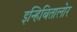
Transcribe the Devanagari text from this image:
इन्हिबितालोर